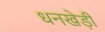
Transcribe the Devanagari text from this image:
धनखेड़ी